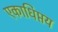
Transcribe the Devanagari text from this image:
एकाधिप्तय